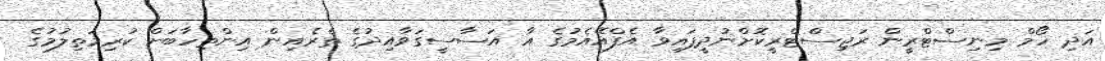
އަދި ހޯމް މިނިސްޓްރީން ރަޖިސްޓްރީކޮށްނުދީފައިވާ އެފްއޭއެމުގެ އާ އަސާސީގަވާއިދުގެ ތެރެއިން އިންތިހާބަށް ކުރިމަތިލުމުގެ